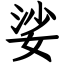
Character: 娑